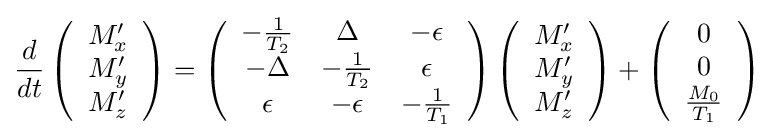
{\frac {d}{dt}}\left({\begin{array}{c}M'_{x}\\M'_{y}\\M'_{z}\end{array}}\right)=\left({\begin{array}{ccc}-{\frac {1}{T_{2}}}&\Delta &-\epsilon \\-\Delta &-{\frac {1}{T_{2}}}&\epsilon \\\epsilon &-\epsilon &-{\frac {1}{T_{1}}}\end{array}}\right)\left({\begin{array}{c}M'_{x}\\M'_{y}\\M'_{z}\end{array}}\right)+\left({\begin{array}{c}0\\0\\{\frac {M_{0}}{T_{1}}}\end{array}}\right)